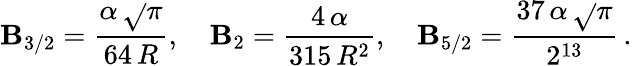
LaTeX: \mathbf{B}_{3/2}=\frac{{\alpha\, \sqrt{}{\pi}}}{{64\, R}},\quad\mathbf{B}_{2}=\frac{{4\, \alpha}}{{315\, R^{2}}},\quad\mathbf{B}_{5/2}=\frac{{37\, \alpha\, \sqrt{}{\pi}}}{{2^{13}}}\, {.}